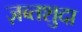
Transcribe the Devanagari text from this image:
ज़ब्तशुदा